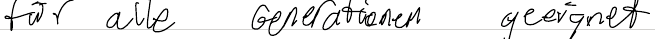
für alle Generationen geeignet